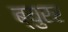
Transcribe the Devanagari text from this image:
ब्युरर